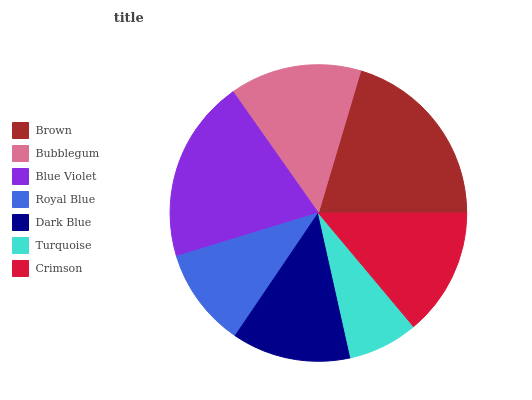
| Brown | Bubblegum | Blue Violet | Royal Blue | Dark Blue | Turquoise | Crimson |
 | --- | --- | --- | --- | --- | --- | --- |
 | 20.4% | 14.4% | 19.9% | 10.8% | 13% | 7.61% | 13.9% |